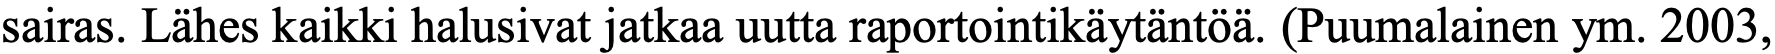
sairas. Lähes kaikki halusivat jatkaa uutta raportointikäytäntöä. (Puumalainen ym. 2003,